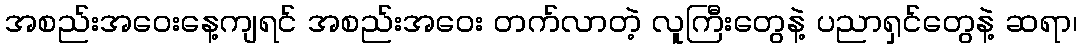
အစည်းအဝေးနေ့ကျရင် အစည်းအဝေး တက်လာတဲ့ လူကြီးတွေနဲ့ ပညာရှင်တွေနဲ့ ဆရာ၊